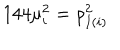
1 4 4 \mu _ { i } ^ { 2 } = \rho _ { I ( i ) } ^ { 2 }